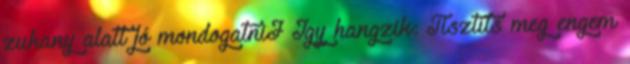
zuhany alatt jó mondogatniJ Így hangzik: Tisztíts meg engem